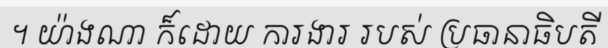
។ យ៉ាងណា ក៏ដោយ ការងារ របស់ ប្រធានាធិបតី